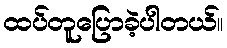
ထပ်တူပြောခဲ့ပါတယ်။